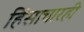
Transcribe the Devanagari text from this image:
हिंसाचारही